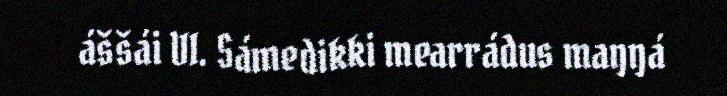
áššái VI. Sámedikki mearrádus maŋŋá